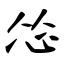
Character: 怂